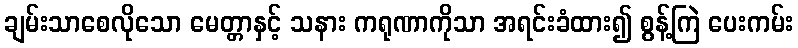
ချမ်းသာစေလိုသော မေတ္တာနှင့် သနား ကရုဏာကိုသာ အရင်းခံထား၍ စွန့်ကြဲ ပေးကမ်း